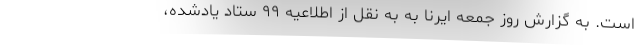
است. به گزارش روز جمعه ایرنا به به نقل از اطلاعیه ۹۹ ستاد یادشده،